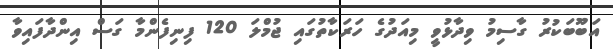
އަބޫބަކުރު ގާސިމު ވިދާޅުވީ މިއަދުގެ ހަރަކާތުގައި ޖުމްލަ 120 ފިނިފެންމާ ގަސް އިންދާފައިވާ